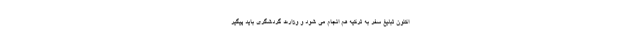
اکنون تبلیغ سفر به ترکیه هم انجام می شود و وزارت گردشگری باید پیگیر